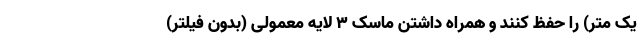
یک متر) را حفظ کنند و همراه داشتن ماسک ۳ لایه معمولی (بدون فیلتر)